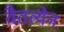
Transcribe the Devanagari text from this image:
वैतत्येन